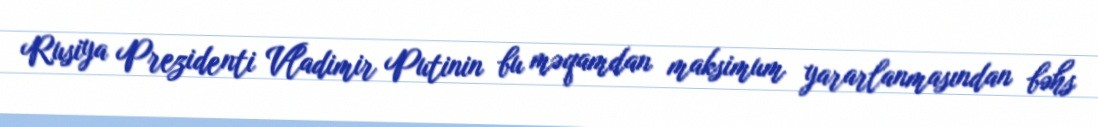
Rusiya Prezidenti Vladimir Putinin bu məqamdan maksimum yararlanmasından bəhs